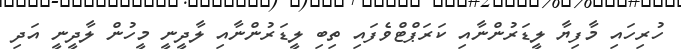
ހުރިހައި މާފިޔާ ލީޑަރުންނާއި ކަރަޕްޓްވެފައި ތިބި ލީޑަރުންނާއި ލާދީނީ މީހުން ލާދީނީ އަދި